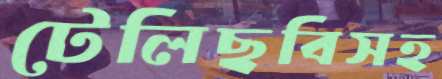
টেলিছবিসহ